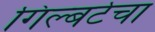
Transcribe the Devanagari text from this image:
गिल्बर्टचा